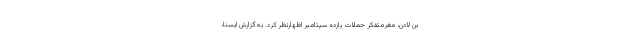
بن لادن، مغرمتفکر حملات یازده سپتامبر اظهارنظر کرد. به گزارش ایسنا،